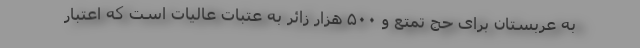
به عربستان برای حج تمتع و ۵۰۰ هزار زائر به عتبات عالیات است که اعتبار